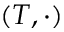
( T , \cdot )